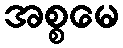
အစ္စမေ